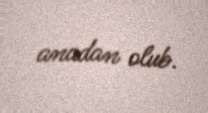
anadan olub.